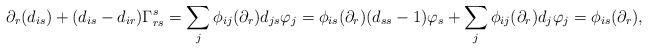
\begin{align*} \partial_r(d_{is})+(d_{is}-d_{ir})\Gamma_{rs}^s=\sum_j\phi_{ij}(\partial_r)d_{js}\varphi_j=\phi_{is}(\partial_r)(d_{ss}-1)\varphi_s+\sum_j\phi_{ij}(\partial_r)d_j\varphi_j=\phi_{is}(\partial_r), \end{align*}